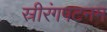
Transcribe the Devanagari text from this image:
स्रीरंगपटनम